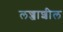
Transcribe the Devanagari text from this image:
लज्जाशील